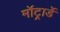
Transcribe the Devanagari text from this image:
मॉट्रार्डे